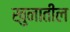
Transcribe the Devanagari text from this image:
खुनातील